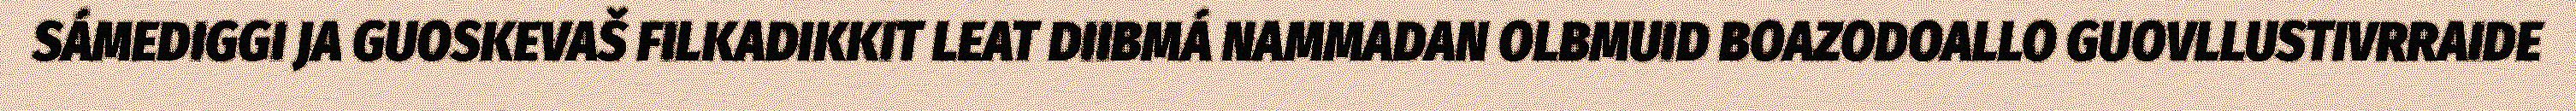
SÁMEDIGGI JA GUOSKEVAŠ FILKADIKKIT LEAT DIIBMÁ NAMMADAN OLBMUID BOAZODOALLO GUOVLLUSTIVRRAIDE